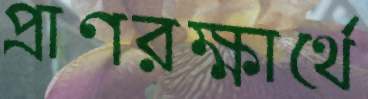
প্রাণরক্ষার্থে